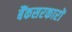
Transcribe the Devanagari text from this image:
बैंकसरकारों